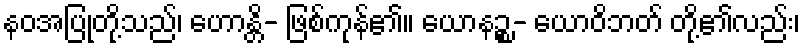
နဝအပြုတို့သည်၊ ဟောန္တိ- ဖြစ်ကုန်၏။ ယောနဉ္စ- ယောဝိဘတ် တို့၏လည်း၊